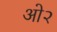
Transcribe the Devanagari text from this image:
ओ२